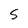
Character: 5